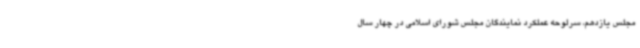
مجلس یازدهم، سرلوحه عملکرد نمایندگان مجلس شورای اسلامی در چهار سال